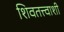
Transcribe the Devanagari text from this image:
शिवतत्त्वाशी